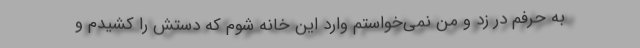
به حرفم در زد و من نمی‌خواستم وارد این خانه شوم که دستش را کشیدم و